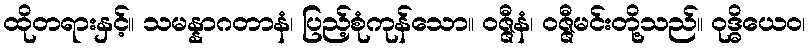
ထိုတရားနှင့်။ သမန္နာဂတာနံ၊ ပြည့်စုံကုန်သော။ ဝဇ္ဇီနံ၊ ဝဇ္ဇီမင်းတို့သည်။ ဝုဒ္ဓိယေဝ၊